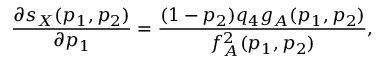
\frac { \partial s _ { X } ( p _ { 1 } , p _ { 2 } ) } { \partial p _ { 1 } } = \frac { ( 1 - p _ { 2 } ) q _ { 4 } g _ { A } ( p _ { 1 } , p _ { 2 } ) } { f _ { A } ^ { 2 } ( p _ { 1 } , p _ { 2 } ) } ,